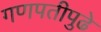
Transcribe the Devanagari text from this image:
गणपतीपुढे